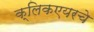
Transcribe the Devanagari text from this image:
क्लिकएयरचे